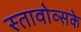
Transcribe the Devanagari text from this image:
स्तावोव्सके